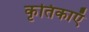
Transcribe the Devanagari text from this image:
कृतिकाएँ